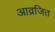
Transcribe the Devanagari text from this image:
आव्रजित